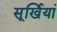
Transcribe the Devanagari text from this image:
सूर्खियां